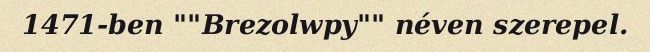
1471-ben ""Brezolwpy"" néven szerepel.